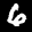
Label: 6